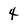
Character: 4